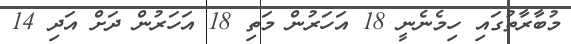
މުބާރާތުގައި ހިމެނެނީ 18 އަހަރުން މަތި 18 އަހަރުން ދަށް އަދި 14